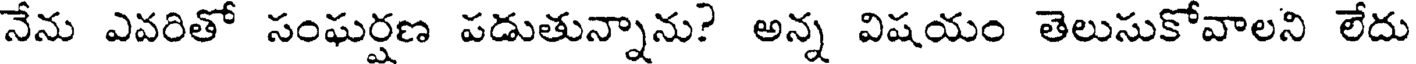
నేను ఎవరితో సంఘర్షణ పడుతున్నాను? అన్న విషయం తెలుసుకోవాలని లేదు